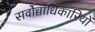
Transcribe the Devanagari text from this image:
सर्वोच्चाधिकारियों